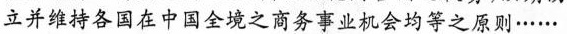
设立并维持各国在中国全境之商务事业机会均等之原则……